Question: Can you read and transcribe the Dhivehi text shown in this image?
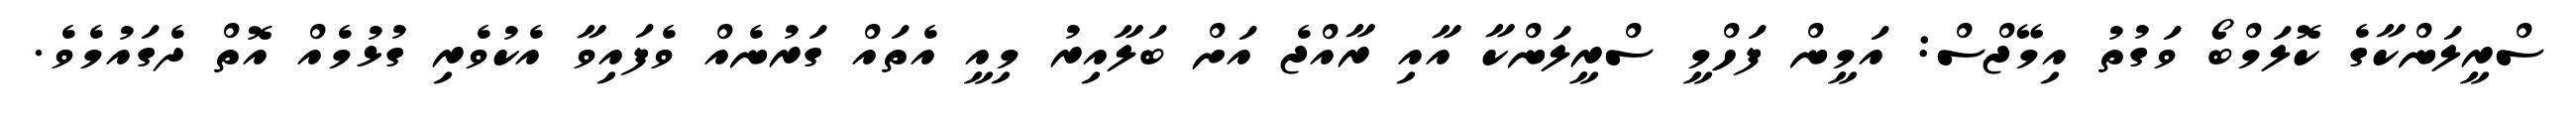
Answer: ސްރީލަންކާގެ ކޮލަމްބޯ ވަގުތު އިމޭޖްސް: އަމީން ފަހްމީ ސްރީލަންކާ އާއި ރާއްޖެ އަށް ބަލާއިރު މިއީ އެތައް ގަރުނެއް ވެފައިވާ އެކުވެރި ގުޅުމެއް އޮތް ދެގައުމެވެ.